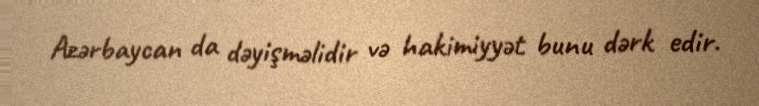
Azərbaycan da dəyişməlidir və hakimiyyət bunu dərk edir.